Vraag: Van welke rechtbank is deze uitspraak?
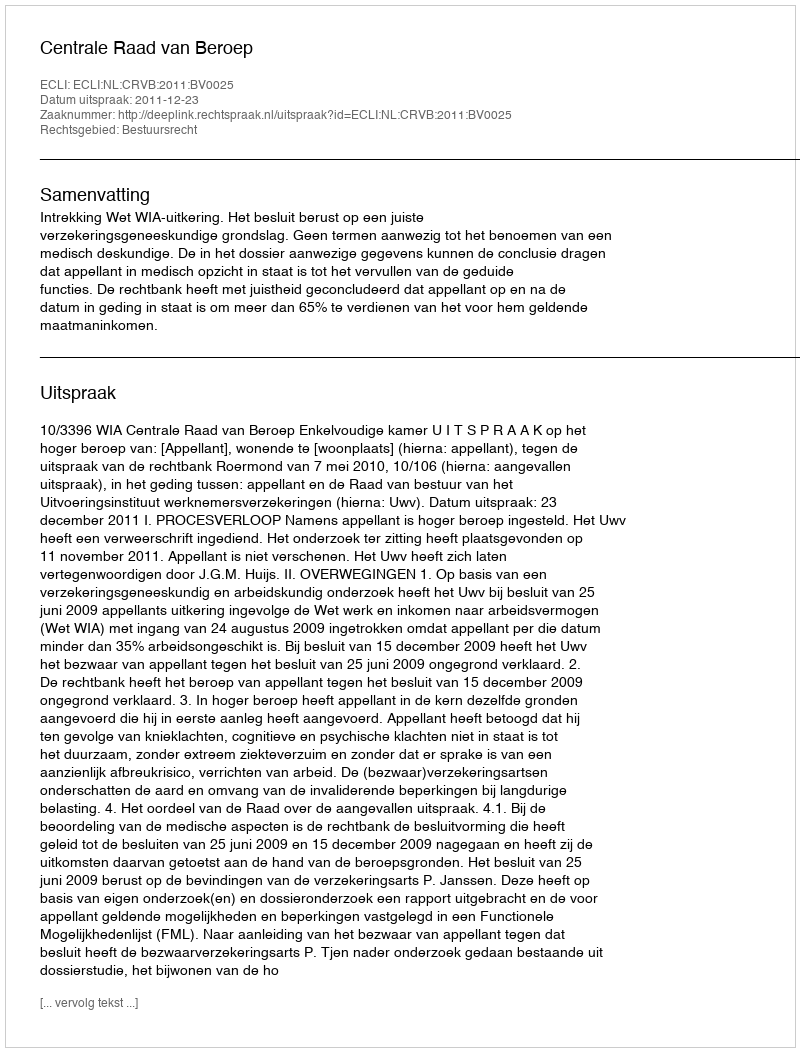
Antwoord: Centrale Raad van Beroep